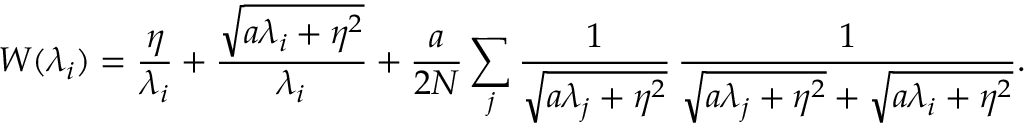
W ( \lambda _ { i } ) = \frac { \eta } { \lambda _ { i } } + \frac { \sqrt { a \lambda _ { i } + \eta ^ { 2 } } } { \lambda _ { i } } + \frac { a } { 2 N } \sum _ { j } \frac { 1 } { \sqrt { a \lambda _ { j } + \eta ^ { 2 } } } \, \frac { 1 } { \sqrt { a \lambda _ { j } + \eta ^ { 2 } } + \sqrt { \vphantom { \lambda _ { j } } a \lambda _ { i } + \eta ^ { 2 } } } .